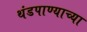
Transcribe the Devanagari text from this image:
थंडपाण्याच्या